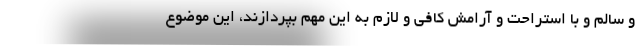
و سالم و با استراحت و آرامش کافی و لازم به این مهم بپردازند، این موضوع